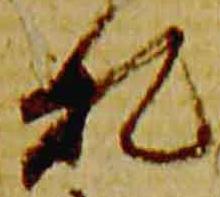
札